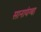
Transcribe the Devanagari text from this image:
सानायंग्बा